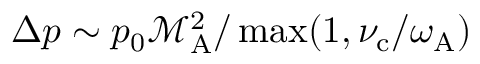
\Delta p \sim p _ { 0 } \mathcal { M } _ { \mathrm { A } } ^ { 2 } / \operatorname* { m a x } ( 1 , \nu _ { \mathrm { c } } / \omega _ { \mathrm { A } } )